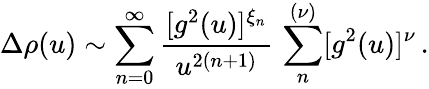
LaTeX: \Delta\rho(u)\sim\sum_{n=0}^{\infty}\frac{[g^{2}(u)]^{\xi_{n}}}{u^{2(n+1)}}\, \sum_{n}^{(\nu)}[g^{2}(u)]^{\nu}\, .